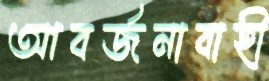
আবর্জনাবাহী